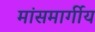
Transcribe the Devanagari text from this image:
मांसमार्गीय